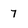
Character: 7